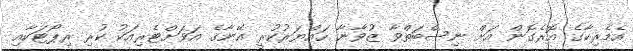
އެމެރިކާގެ އޮރެގޮން އަށް ނިސްބަތްވާ ޒުވާނާ ހައްޔަރުކުރީ އޭނާގެ އަވަށްޓެރިއަކު ކުރި ރިޕޯޓަކާއި